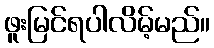
ဖူးမြင်ရပါလိမ့်မည်။